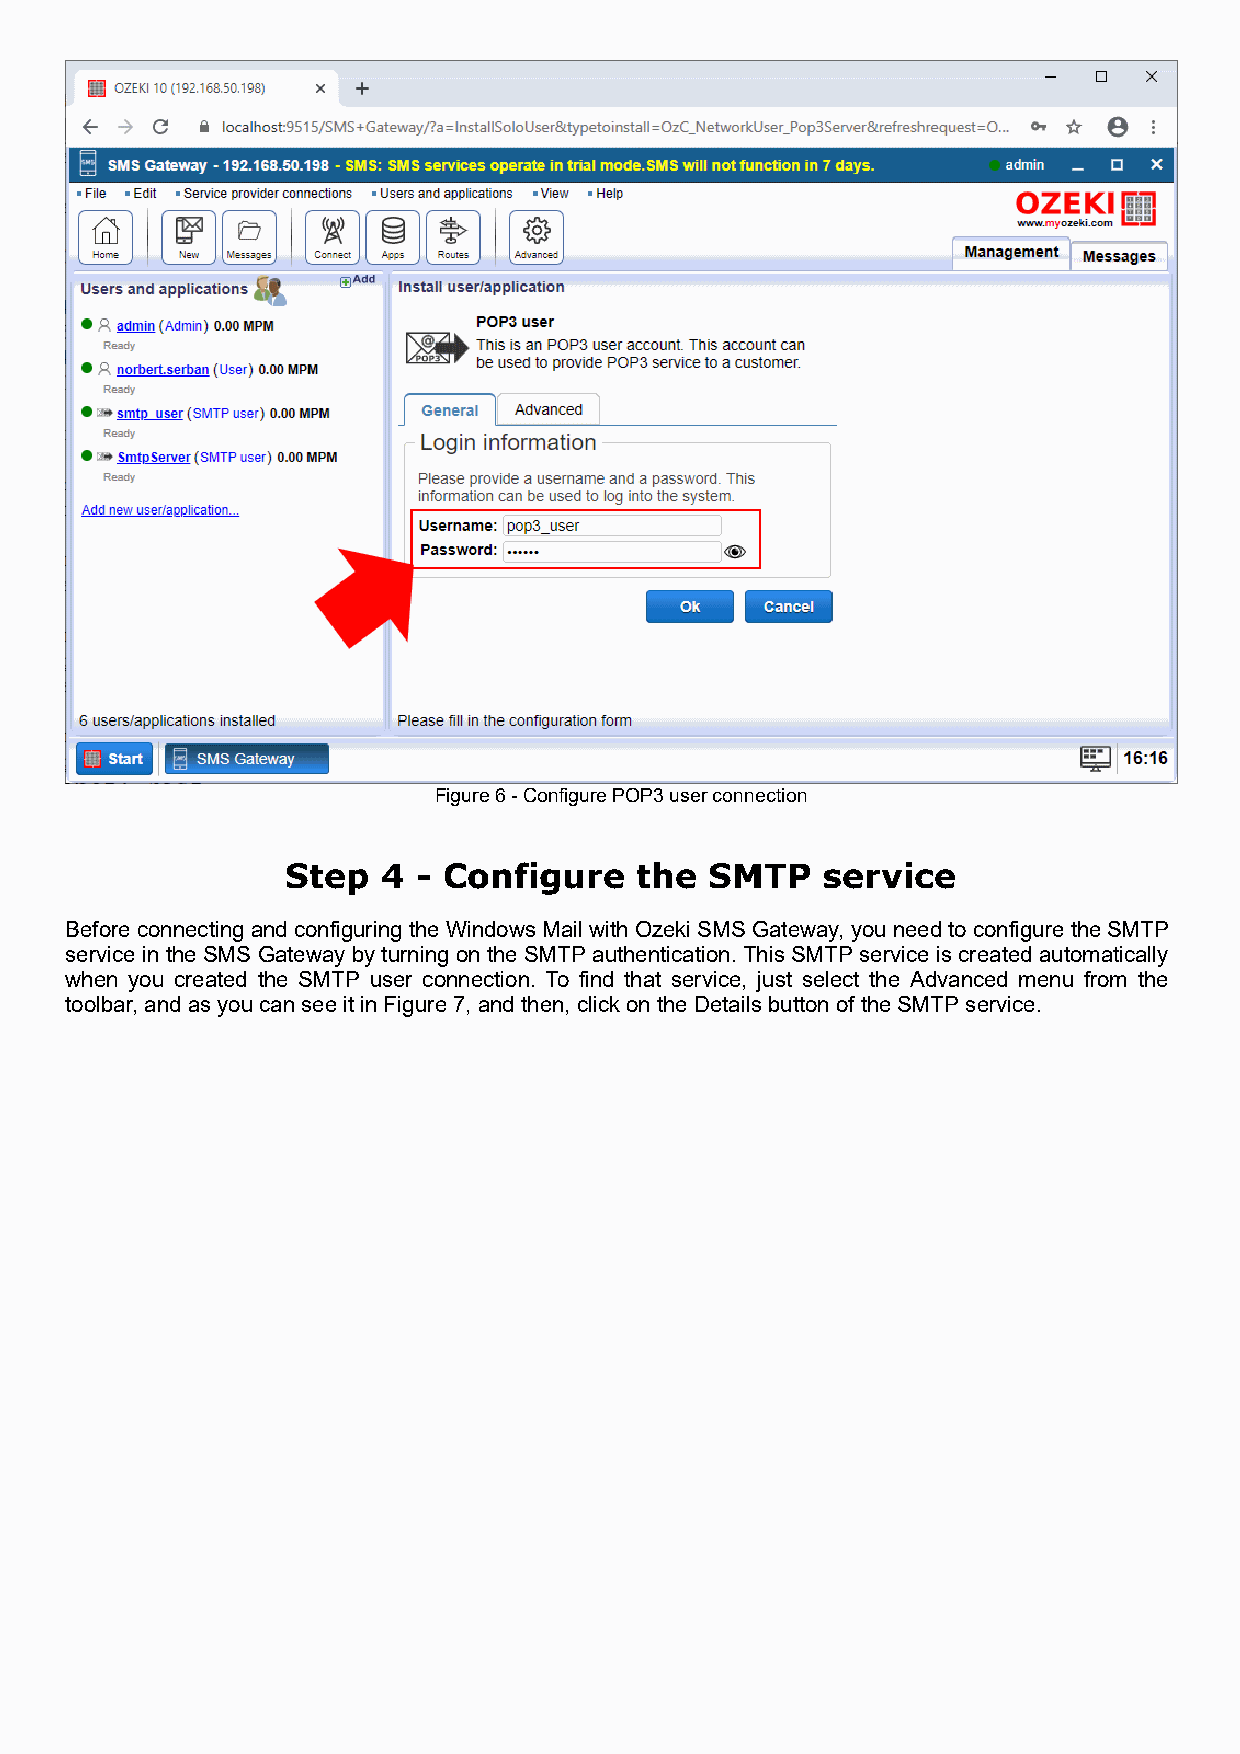
Figure 6 - Configure POP3 user connection
 Step  4  - Configure   the  SMTP   service
 Before connecting and configuring the Windows Mail with Ozeki SMS Gateway, you need to configure the SMTP
 service in the SMS Gateway by turning on the SMTP authentication. This SMTP service is created automatically
 when you created the SMTP user connection. To find that service, just select the Advanced menu from the
 toolbar, and as you can see it in Figure 7, and then, click on the Details button of the SMTP service.